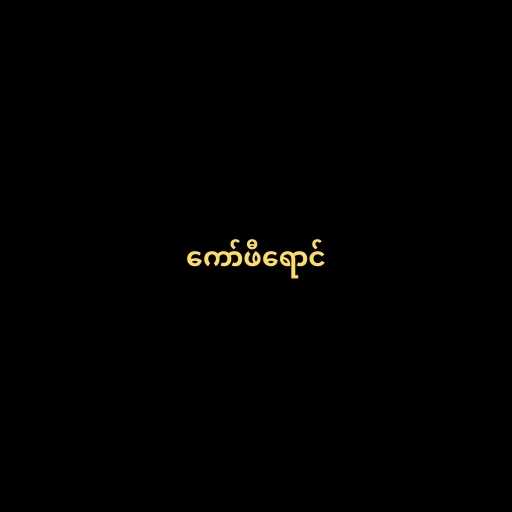
ကော်ဖီရောင်